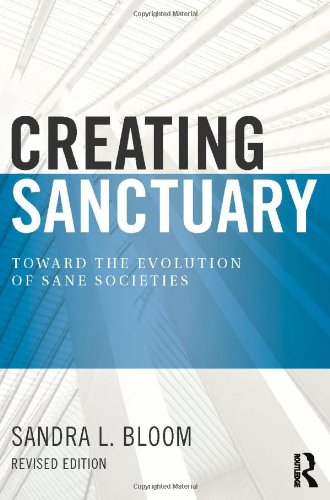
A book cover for Creating Sanctuary: Toward the Evolution of Sane Societies, Revised Edition; Sandra L Bloom; Self-Help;